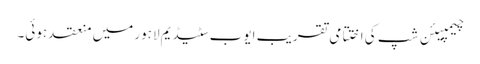
چیمپیئن شپ کی اختتامی تقریب ایوب سٹیڈیم لاہور میں منعقد ہوئی۔